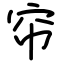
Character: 帘